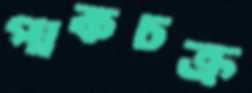
পাকচক্র